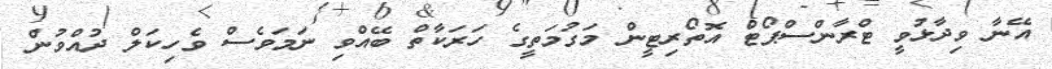
އޭނާ ވިދާޅުވީ ޓްރާންސްޕޯޓް އޮތޯރިޓީން މަގުމަތީގެ ހަރަކާތް ބޭއްވި ނަމަވެސް ވެހިކަލް ދުއްވުން